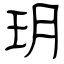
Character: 玥